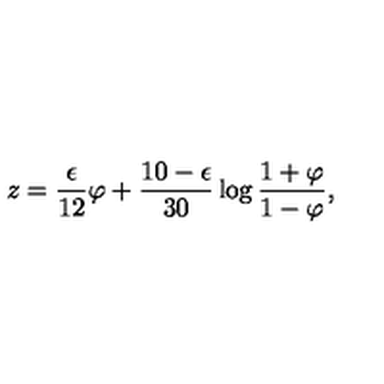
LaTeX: z = { \frac { \epsilon } { 1 2 } } \varphi + { \frac { 1 0 - \epsilon } { 3 0 } } \log { \frac { 1 + \varphi } { 1 - \varphi } } ,